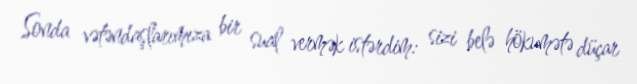
Sonda vətəndaşlarımıza bir sual vermək istərdim: sizi belə hökumətə düçar